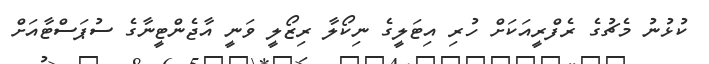
ކުޅުނު މެޗުގެ ރެފްރީއަކަށް ހުރި އިޓަލީގެ ނިކޯލާ ރިޒޯލީ ވަނީ އާޖެންޓީނާގެ ސުޕަސްޓާއަށް